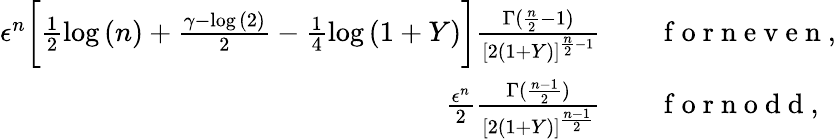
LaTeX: \begin{array}{rl}{\epsilon^{n}\bigg[\frac{1}{2}\log{(n)}+\frac{\gamma-\log{(2)}}{2}-\frac{1}{4}\log{(1+Y)}\bigg]\frac{\Gamma(\frac{n}{2}-1)}{[2(1+Y)]^{\frac{n}{2}-1}}}&{{}\quad\mathrm{~f~o~r~n~e~v~e~n~},}\\ {\frac{\epsilon^{n}}{2}\frac{\Gamma(\frac{n-1}{2})}{[2(1+Y)]^{\frac{n-1}{2}}}}&{{}\quad\mathrm{~f~o~r~n~o~d~d~},}\end{array}